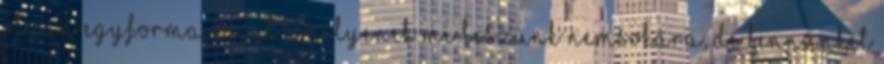
olyan egyforma, mint amilyenek mi leszünk nemsokára, de bennünket